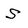
Character: S